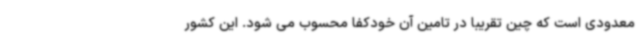
معدودی است که چین تقریبا در تامین آن خودکفا محسوب می شود. این کشور